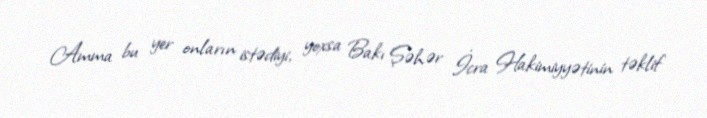
Amma bu yer onların istədiyi, yoxsa Bakı Şəhər İcra Hakimiyyətinin təklif